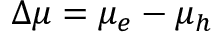
\Delta \mu = \mu _ { e } - \mu _ { h }